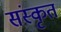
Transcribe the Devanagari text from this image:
संस्‍कृत